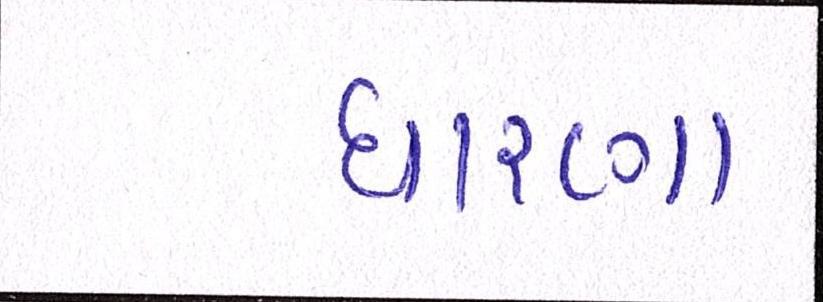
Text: ધારણા